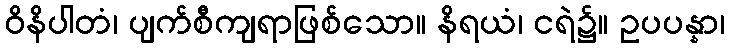
ဝိနိပါတံ၊ ပျက်စီကျရာဖြစ်သော။ နိရယံ၊ ငရဲ၌။ ဥပပန္နာ၊